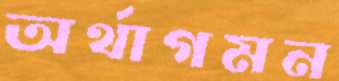
অর্থাগমন